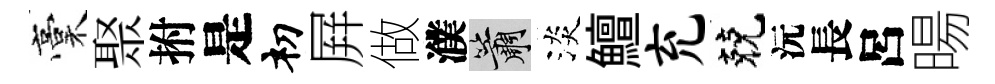
稾聚拊是𥘉屛做濮簫淡鱣充兢沅長呂暘